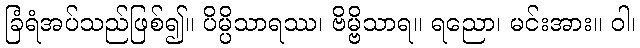
ခြံရံအပ်သည်ဖြစ်၍။ ပိမ္ပိသာရဿ၊ ဗိမ္ဗိသာရ။ ရညော၊ မင်းအား။ ဝါ၊